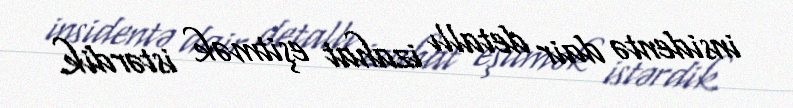
insidentə dair detallı izahat eşitmək istərdik.